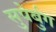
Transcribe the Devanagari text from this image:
सुपेर्बुग